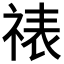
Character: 𬒾